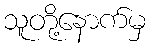
သူတို့နောက်မှ